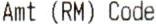
AMT (RM) CODE